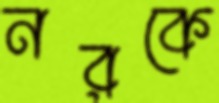
নরকে